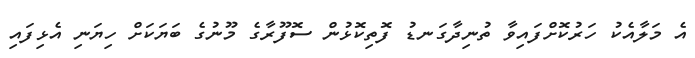
އެ މަލާއެކު ހަރުކޮށްފައިވާ ތުނިދާގަނޑު ފޮތިކޮޅުން ސޮފޫރާގެ މޫނުގެ ބަޔަކަށް ހިޔަނި އެޅިފައި